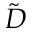
\tilde { D }